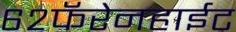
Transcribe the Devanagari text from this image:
६२फॅरेनहाईट